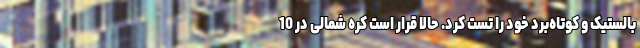
بالستیک و کوتاه‌برد خود را تست کرد. حالا قرار است کره شمالی در 10